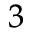
^ 3